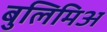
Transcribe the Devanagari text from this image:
बुलिमिअ